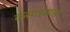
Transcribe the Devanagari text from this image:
कसाइबाड़ा